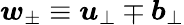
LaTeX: \boldsymbol{w}_{\pm}\equiv\boldsymbol{u}_{\perp}\mp\boldsymbol{b}_{\perp}